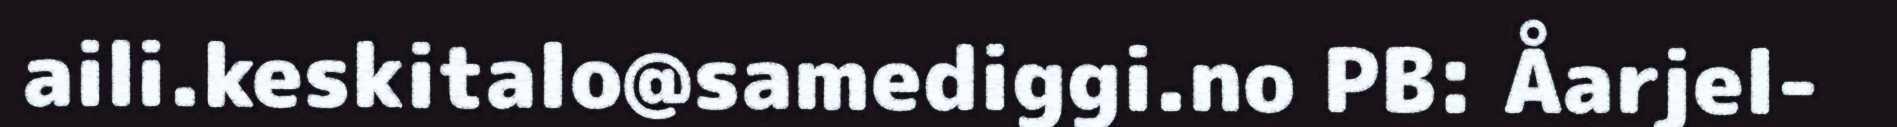
aili.keskitalo@samediggi.no PB: Åarjel-